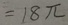
= 1 8 \pi